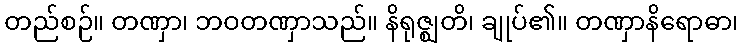
တည်စဉ်။ တဏှာ၊ ဘဝတဏှာသည်။ နိရုဇ္ဈတိ၊ ချုပ်၏။ တဏှာနိရောဓာ၊